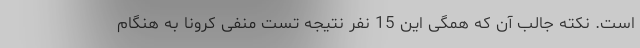
است. نکته جالب آن که همگی این 15 نفر نتیجه تست منفی کرونا به هنگام